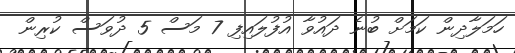
ހަމަލާދިން ކަމަށް ބުނެ ދައުވާ އުފުލައިފި 7 މަސް 5 ދުވަސް ކުރިން